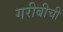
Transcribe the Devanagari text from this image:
गरीबीची